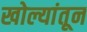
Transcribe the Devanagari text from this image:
खोल्यांतून